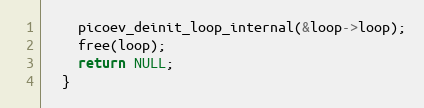
Language: C
    picoev_deinit_loop_internal(&loop->loop);
    free(loop);
    return NULL;
  }